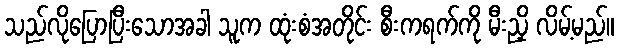
သည်လိုပြောပြီးသောအခါ သူက ထုံးစံအတိုင်း စီးကရက်ကို မီးညှိ လိမ့်မည်။